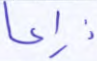
ذراعا